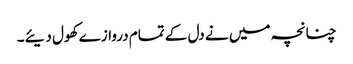
چنانچہ میں نے دل کے تمام دروازے کھول دیئے۔